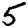
Digit: 5